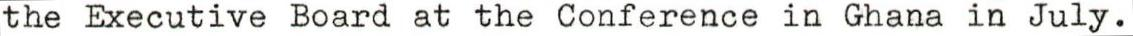
the Executive Board at the Conference in Ghana in July.